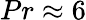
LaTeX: Pr\approx 6